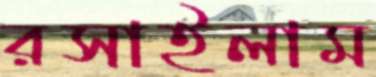
রসাইলাম